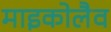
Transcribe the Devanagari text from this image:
माइकोलैव